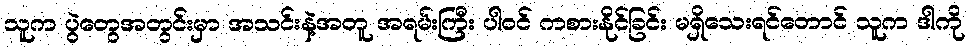
သူက ပွဲတွေအတွင်းမှာ အသင်းနဲ့အတူ အရမ်းကြီး ပါဝင် ကစားနိုင်ခြင်း မရှိသေးရင်တောင် သူက ဒါကို